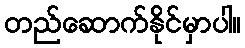
တည်ဆောက်နိုင်မှာပါ။